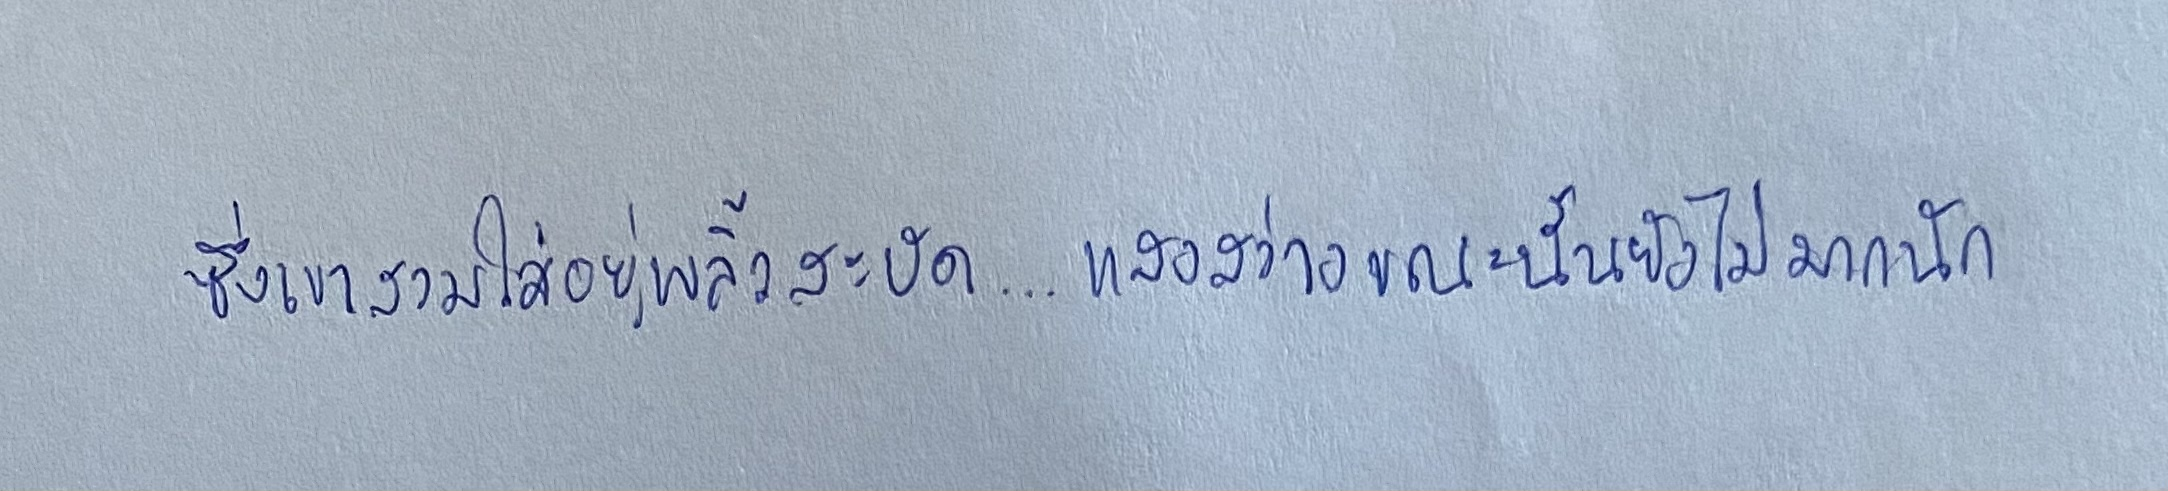
ซึ่งเขาสวมใส่อยู่พลิ้วสะบัด...แสงสว่างขณะนั้นยังไม่มากนัก